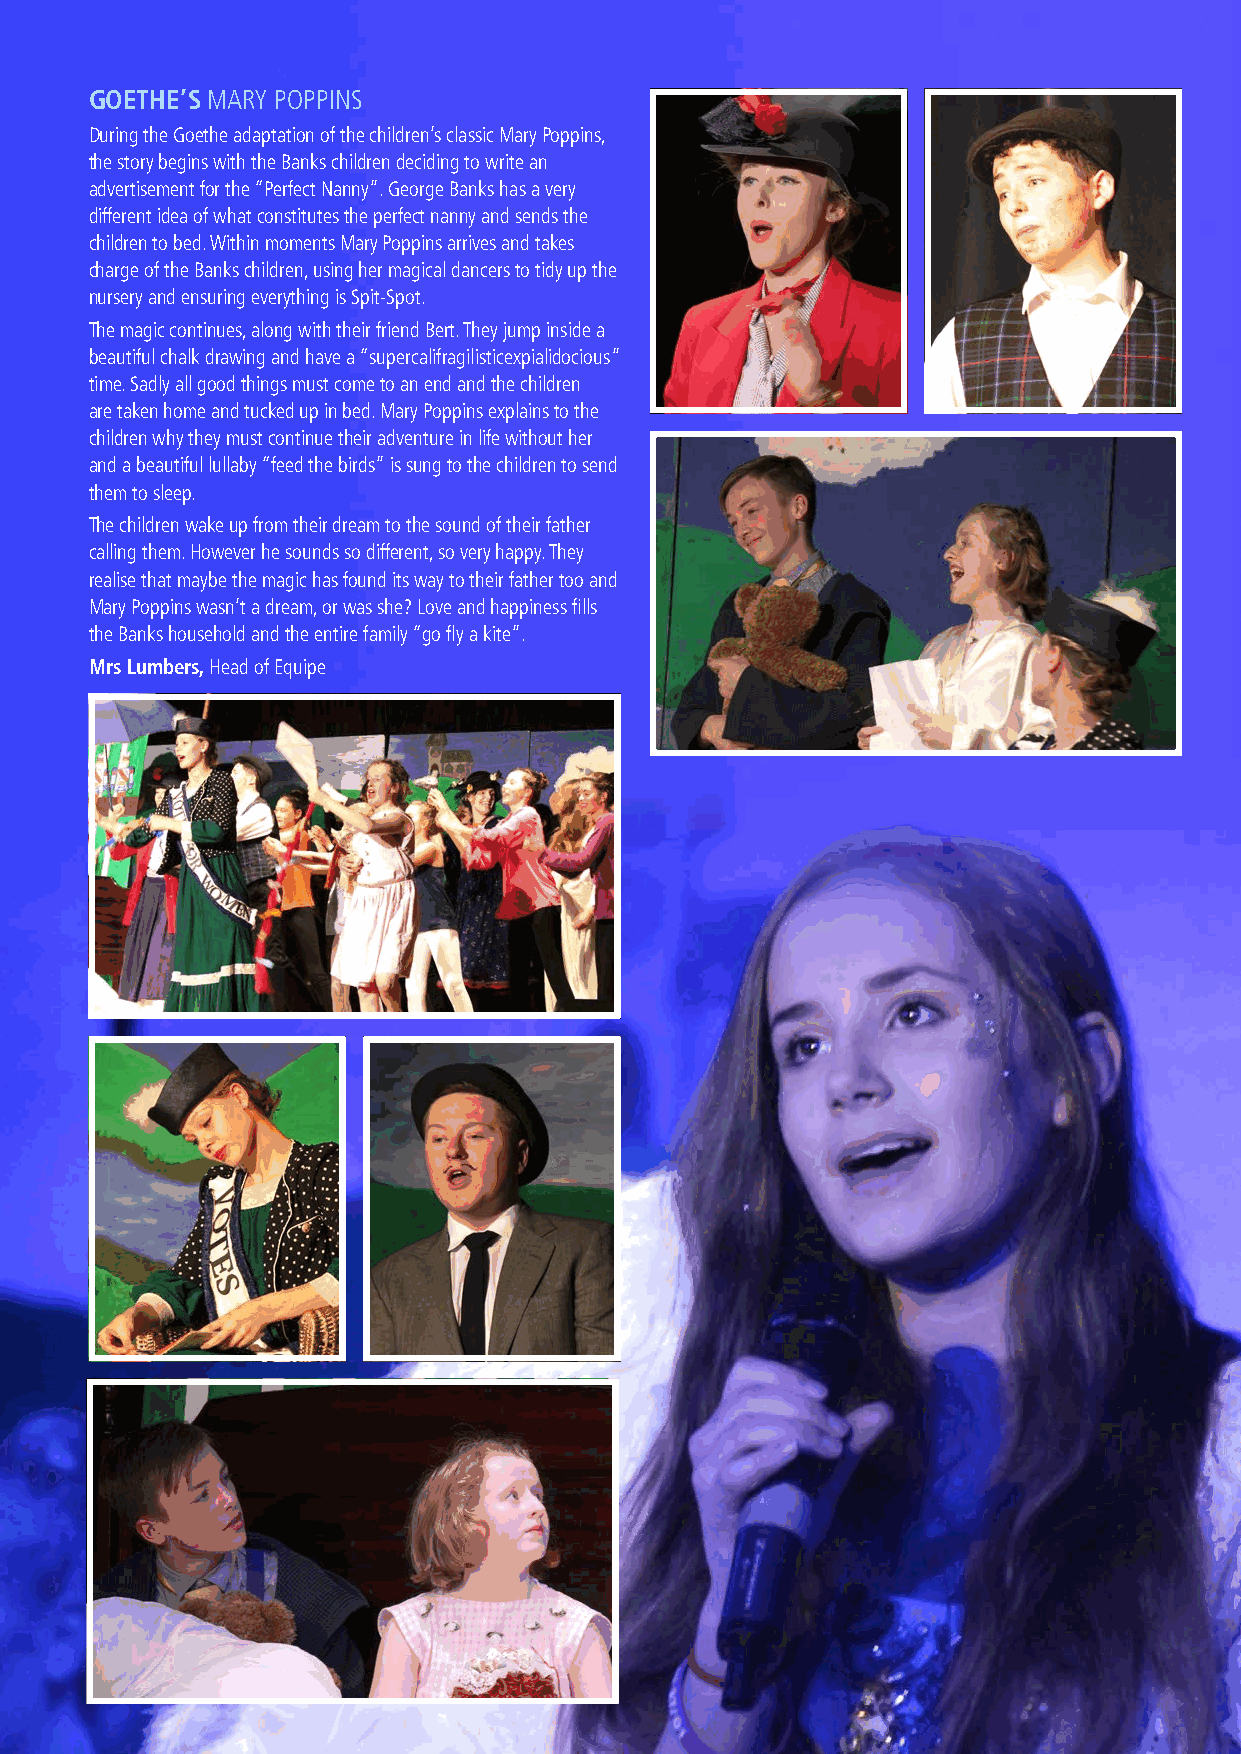
GOETHE’S MARY POPPINS
 During the Goethe adaptation of the children’s classic Mary Poppins,
 the story begins with the Banks children deciding to write an
 advertisement for the “Perfect Nanny”. George Banks has a very
 different idea of what constitutes the perfect nanny and sends the
 children to bed. Within moments Mary Poppins arrives and takes
 charge of the Banks children, using her magical dancers to tidy up the
 nursery and ensuring everything is Spit-Spot.
 The magic continues, along with their friend Bert. They jump inside a
 beautiful chalk drawing and have a “supercalifragilisticexpialidocious”
 time. Sadly all good things must come to an end and the children
 are taken home and tucked up in bed. Mary Poppins explains to the
 children why they must continue their adventure in life without her
 and a beautiful lullaby “feed the birds” is sung to the children to send
 them to sleep.
 The children wake up from their dream to the sound of their father
 calling them. However he sounds so different, so very happy. They
 realise that maybe the magic has found its way to their father too and
 Mary Poppins wasn’t a dream, or was she? Love and happiness fills
 the Banks household and the entire family “go fly a kite”.
 Mrs Lumbers, Head of Equipe